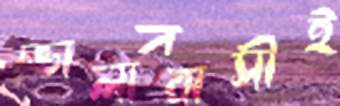
ভোলাবাসীই